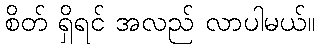
စိတ် ရှိရင် အလည် လာပါမယ်။